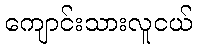
ကျောင်းသားလူငယ်